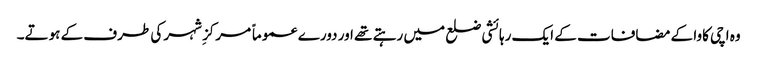
وہ اچی کاوا کے مضافات کے ایک رہائشی ضلع میں رہتے تھے اور دورے عموماً مرکزِ شہر کی طرف کے ہوتے۔